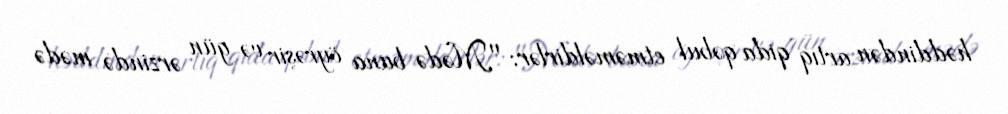
həddindən artıq qida qəbul etməməldirlər: "Mədə buna öyrəşir və gün ərzində mədə